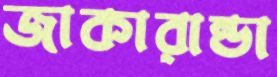
জাকারান্ডা